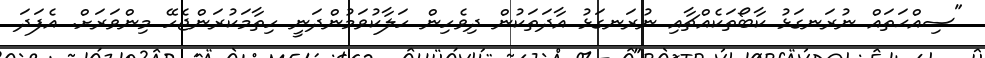
"ސިއްޙަތައް ނުރަނގަޅު ކާބޯތަކެއްޗާއި ނުރަނގަޅު އާދަތަކުން ދިވެހިން ހަލާކުވަމުންދަނީ ހިތާމަކުރަންޖެހޭ މިންވަރަށް. އެފަދަ